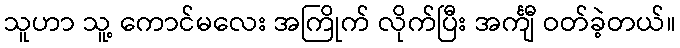
သူဟာ သူ့ ကောင်မလေး အကြိုက် လိုက်ပြီး အင်္ကျီ ဝတ်ခဲ့တယ်။